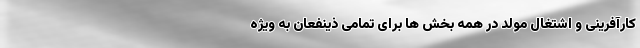
کارآفرینی و اشتغال مولد در همه بخش ها برای تمامی ذینفعان به ویژه